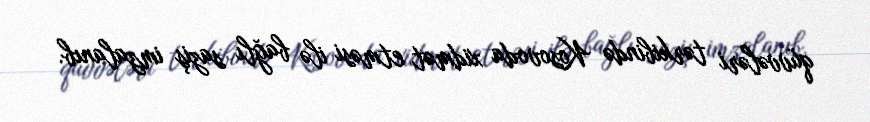
qüvvələri tərkibində Kosovoda xidmət etməsi ilə bağlı saziş imzalanıb.